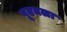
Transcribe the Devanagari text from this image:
पूएबला